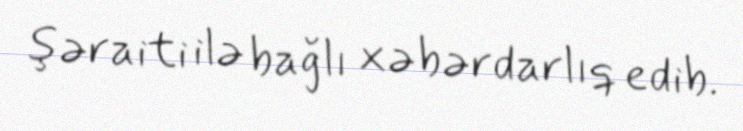
şəraiti ilə bağlı xəbərdarlıq edib.